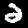
Digit: 2